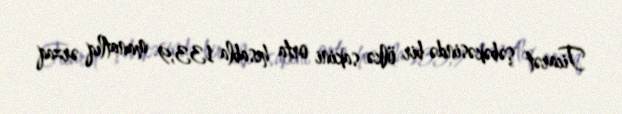
Ticarət şəbəkəsində bir ölkə sakini orta hesabla 133,9 manatlıq ərzaq